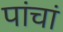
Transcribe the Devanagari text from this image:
पांचां